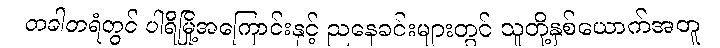
တခါတရံတွင် ပါရီမြို့အကြောင်းနှင့် ညနေခင်းများတွင် သူတို့နှစ်ယောက်အတူ